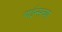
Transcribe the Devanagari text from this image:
पाईन्सच्या